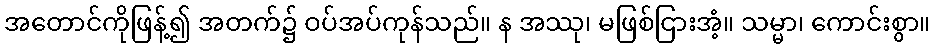
အတောင်ကိုဖြန့်၍ အတက်၌ ဝပ်အပ်ကုန်သည်။ န အဿု၊ မဖြစ်ငြားအံ့။ သမ္မာ၊ ကောင်းစွာ။